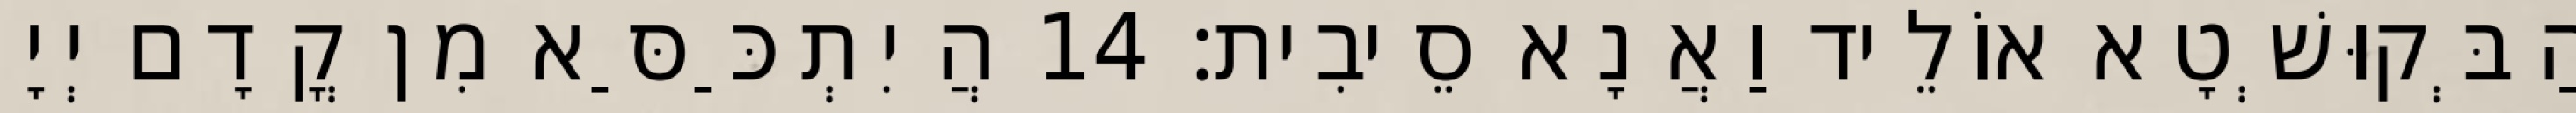
הַבְּקוּשְׁטָא אוֹלֵיד וַאֲנָא סֵיבִית׃ 14 הֲיִתְכַּסַּא מִן קֳדָם יְיָ